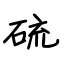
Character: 硫